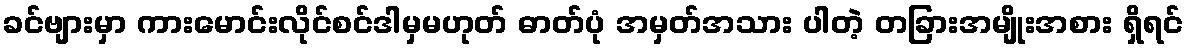
ခင်ဗျားမှာ ကားမောင်းလိုင်စင်ဒါမှမဟုတ် ဓာတ်ပုံ အမှတ်အသား ပါတဲ့ တခြားအမျိုးအစား ရှိရင်